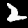
Label: 2